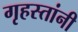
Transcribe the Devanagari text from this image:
गृहस्तांनी